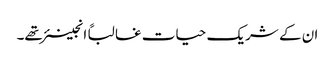
ان کے شریک حیات غالباً انجینئر تھے۔